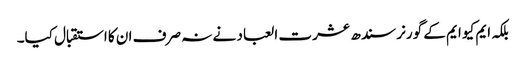
بلکہ ایم کیو ایم کے گورنر سندھ عشرت العباد نے نہ صرف ان کا استقبال کیا۔